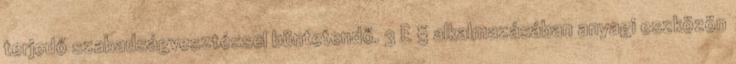
terjedő szabadságvesztéssel büntetendő. 3 E § alkalmazásában anyagi eszközön